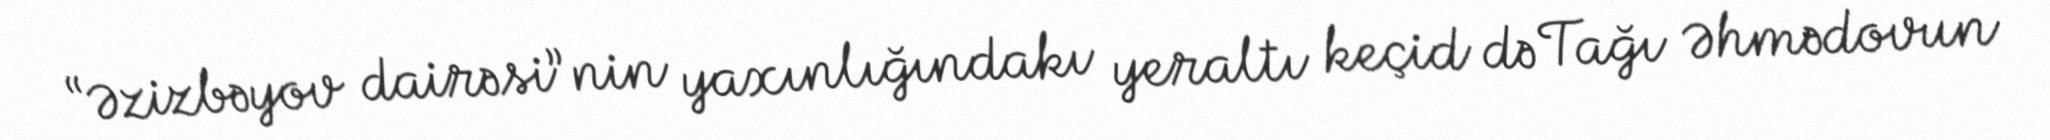
“Əzizbəyov dairəsi”nin yaxınlığındakı yeraltı keçid də Tağı Əhmədovun